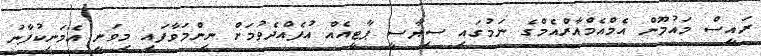
ރައީސް މައުމޫން އެމްއެމްއާރްއެމްގެ ނަމުގައި ސިޔާސީ ޕާޓީއެއް އުފެއްދެވުމަށް ނިންމަވާފައި މިވަނީ އެމަނިކުފާނު